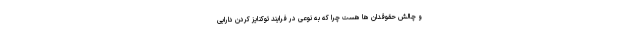
و چالش حقوقدان ها هست چرا که به نوعی در فرایند توکنایز کردن دارایی